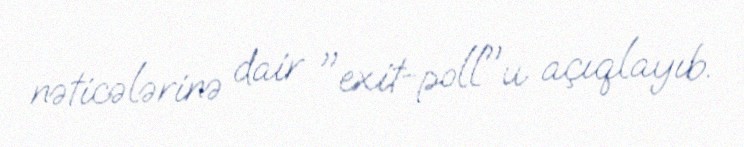
nəticələrinə dair "exit-poll"u açıqlayıb.